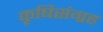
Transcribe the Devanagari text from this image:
कृषिसंग्रह